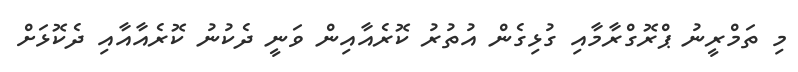
މި ތަމްރީނު ޕްރޮގްރާމާއި ގުޅިގެން އުތުރު ކޮރެއާއިން ވަނީ ދެކުނު ކޮރެއާއާއި ދެކޮޅަށް